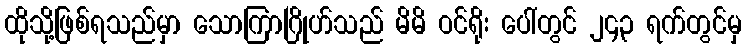
ထိုသို့ဖြစ်ရသည်မှာ သောကြာဂြိုဟ်သည် မိမိ ဝင်ရိုး ပေါ်တွင် ၂၄၃ ရက်တွင်မှ